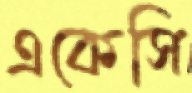
একেসি